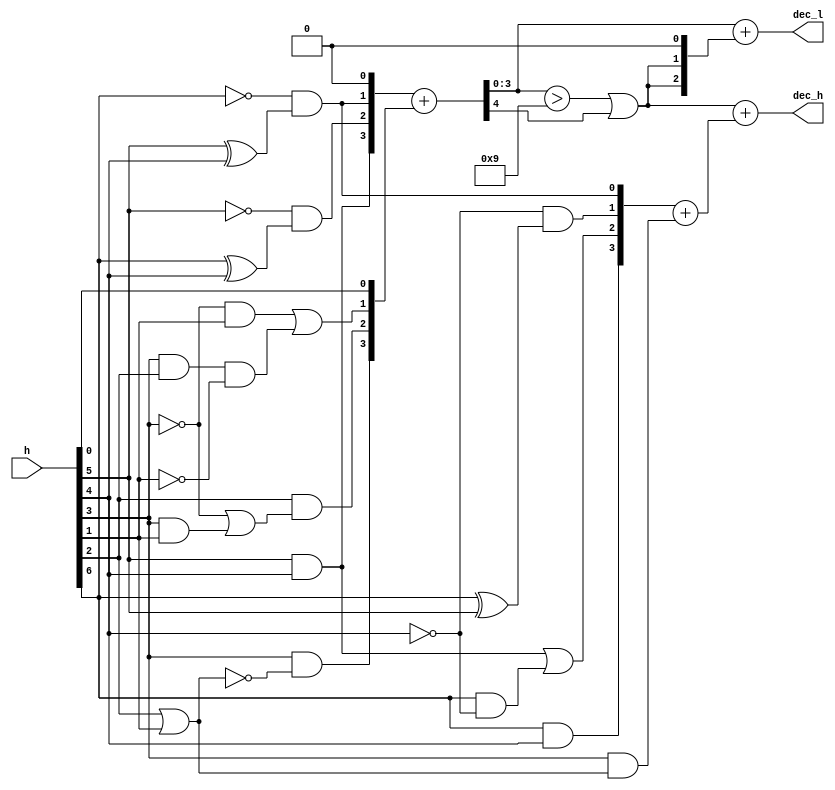
module hex2dec(h, dec_h, dec_l);
	input [7:0] h;
	output [3:0] dec_h, dec_l;
	wire[3:0] a,b,c,d,e,f,innerdata;
	wire cout,overten;
	assign a[3]=h[6]&h[4];
	assign a[2]=(h[5]&h[4])|(h[6]&~h[4]);
	assign a[1]=(~h[4])&(h[6]^h[5]);
	assign a[0]=(~h[6])&(h[5]^h[4]);
	assign b[3]=h[5]&h[4];
	assign b[2]=(~h[5])&(h[6]^h[4]);
	assign b[1]=(~h[6])&(h[5]^h[4]);
	assign b[0]=0;
	assign c[3:1]=0;
	assign c[0]=h[3]&(h[2]|h[1]);
	assign d[3]=h[3]&~(h[2]|h[1]);
	assign d[2]=h[2]&((~h[3])|(h[3]&h[1]));
	assign d[1]=((~h[3])&h[1])|(h[3]&h[2]&(~h[1]));
	assign d[0]=h[0];
	assign e = a+c;
	assign{cout,f} = b+d;
	assign innerdata = {1'b0,{2{overten|cout}},1'b0};
	assign overten = (f>9);
	assign dec_h = (overten|cout)+e;
	assign dec_l = f+innerdata;
endmodule